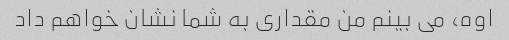
اوه، می بینم من مقداری به شما نشان خواهم داد